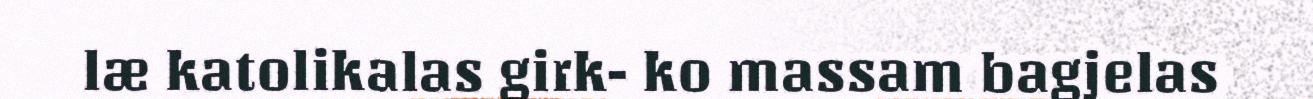
læ katolikalas girk- ko massam bagjelas